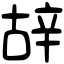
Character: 𨐒